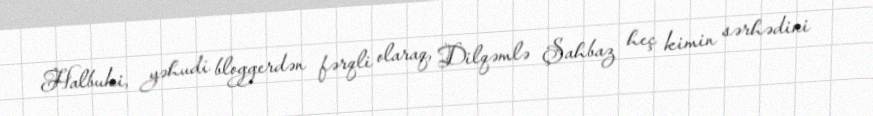
Halbuki, yəhudi bloggerdən fərqli olaraq, Dilqəmlə Şahbaz heç kimin sərhədini